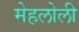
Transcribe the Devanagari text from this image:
मेहलोली